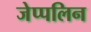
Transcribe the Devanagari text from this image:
जेप्पलिन